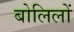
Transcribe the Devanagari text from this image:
बोलिलों